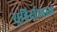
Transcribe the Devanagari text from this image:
सुहिर्दाध्वाज